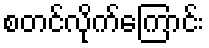
စတင်လိုက်ကြောင်း